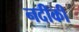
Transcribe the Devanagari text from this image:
नदीकी